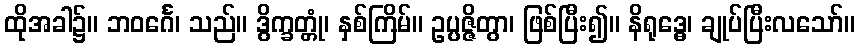
ထိုအခါ၌။ ဘဝင်္ဂေ၊ သည်။ ဒွိက္ခတ္တုံ၊ နှစ်ကြိမ်။ ဥပ္ပဇ္ဇိတွာ၊ ဖြစ်ပြီး၍။ နိရုဒ္ဓေ၊ ချုပ်ပြီးလသော်။